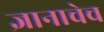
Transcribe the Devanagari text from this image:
ज्ञानाचेच